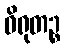
ဝိရုတဉ္စ